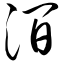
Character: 涧